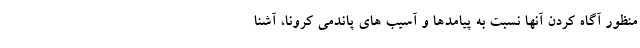
منظور آگاه کردن آنها نسبت به پیامدها و آسیب های پاندمی کرونا، آشنا